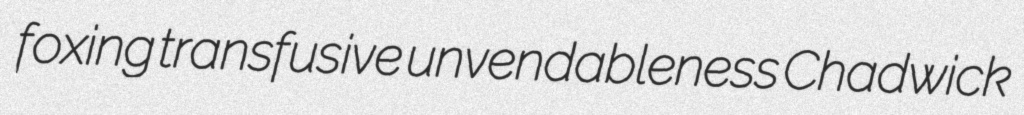
foxing transfusive unvendableness Chadwick